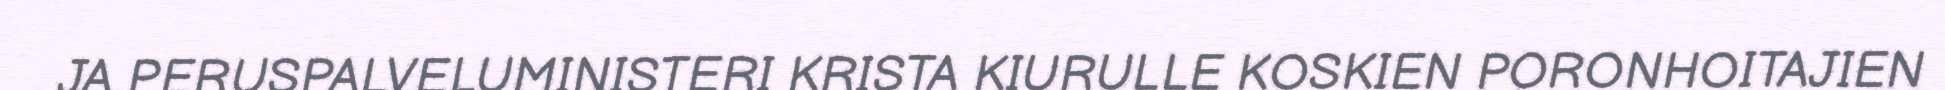
JA PERUSPALVELUMINISTERI KRISTA KIURULLE KOSKIEN PORONHOITAJIEN